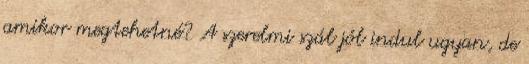
amikor megtehetné? A szerelmi szál jól indul ugyan, de